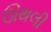
ઊથલી